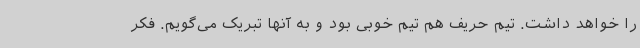
را خواهد داشت. تیم حریف هم تیم خوبی بود و به آنها تبریک می‌گویم. فکر